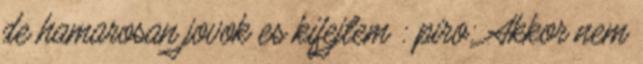
de hamarosan jovok es kifejtem : piro: Akkor nem